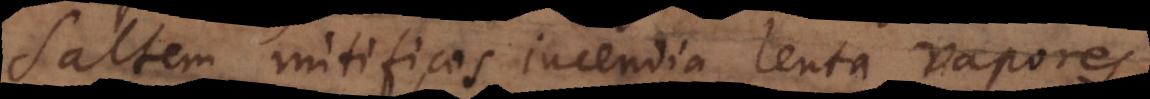
Saltem mitificos incendia lenta vapores